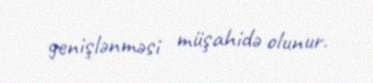
genişlənməsi müşahidə olunur.